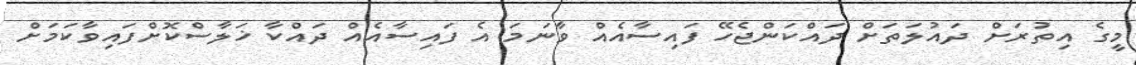
މީގެ އިތުރަށް ދައުލަތަށް ދައްކަންޖެހޭ ފައިސާއެއް ވާނަމަ އެ ފައިސާއެއް ދައްކާ ޚަލާސްކޮށްފައިވާކަމަށް